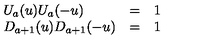
\begin{array} { l l l } { U _ { a } ( u ) U _ { a } ( - u ) } & { = } & { 1 } \\ { D _ { a + 1 } ( u ) D _ { a + 1 } ( - u ) } & { = } & { 1 } \\ \end{array}